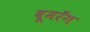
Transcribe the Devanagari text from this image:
बूमरँग